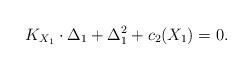
LaTeX: \begin{align*}K_{X_1}\cdot \Delta_1 +\Delta_1^2+c_2(X_1)=0.\end{align*}